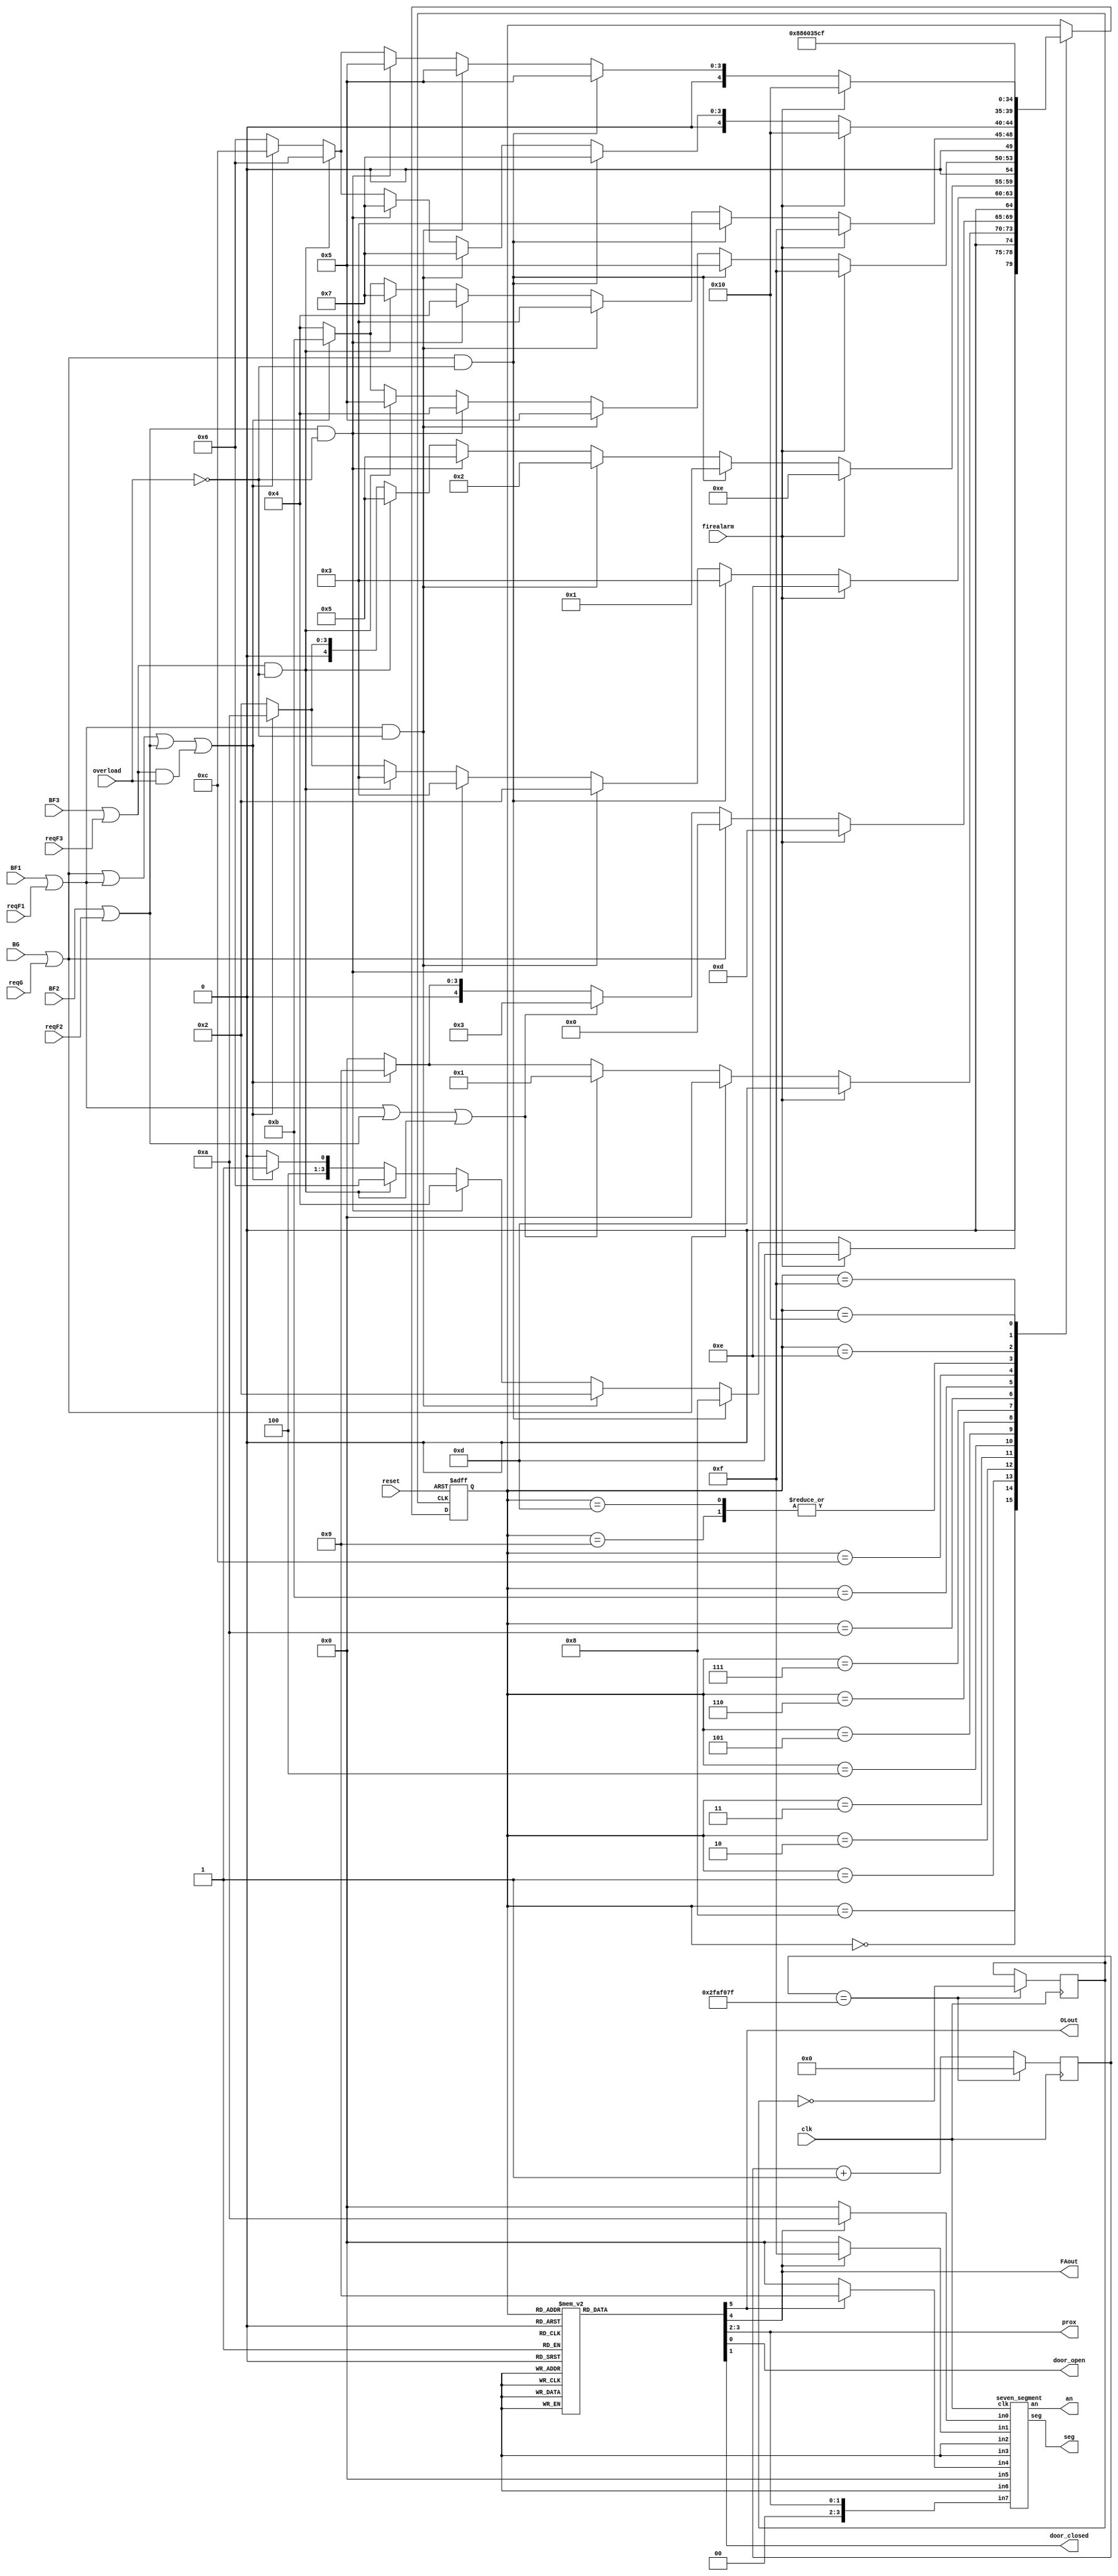
`timescale 1ns / 1ps
//////////////////////////////////////////////////////////////////////////////////
// Company: 
// Engineer: 
// 
// Design Name: 
// Module Name: elevator
// Project Name: FPGA Controller Design for an Elevator
// Target Devices: 
// Tool Versions: 
// Description: 
// 
// Revision:
// Revision 0.01 - File Created
// Additional Comments:
// 
//////////////////////////////////////////////////////////////////////////////////


module elevator(clk,  reset, BG, BF1, BF2, BF3, reqG, reqF1, reqF2, reqF3, overload, firealarm,
an, seg, door_open, door_closed, prox, FAout, OLout 
);
 input clk, reset, BG, BF1, BF2, BF3, reqG, reqF1, reqF2, reqF3, 
overload, firealarm;
  
 output reg [1:0] prox;
 output reg OLout, FAout;
 output [6:0] seg;
 output reg door_open , door_closed ;
 output [7:0] an;
 
 parameter openG = 5'b00000, closedG = 5'b00001, openF1 = 5'b00010, closedF1 = 
 5'b00011, openF2 = 5'b00100, closedF2 = 5'b00101, openF3 = 5'b00110, closedF3 = 
 5'b00111, idle = 5'b01000; 
 parameter OLG = 5'b01001, OLF1 = 5'b01010, OLF2 = 5'b01011, 
 OLF3 = 5'b01100, FAG = 5'b01101, FA1 = 5'b01110, FA2 = 
 5'b01111, FA3 = 5'b10000;

 reg[4:0] state, next_state;
 
 reg [25:0] counter;
 reg clk1hz;
 reg [17:0] countr;
 reg clk250hz;

 
 initial begin
 counter = 0;
 clk1hz = 1;
 countr = 0;
 clk250hz = 1;
 end
 
 
 
 
 
 //Module for generating 1 Hz of clock from the 100Mhz of clock
 
 always @(posedge clk)
 begin
 if(counter == 49_999999)
 begin counter <= 0;
 clk1hz <= ~clk1hz; 
 end
 else
 begin
 clk1hz <= clk1hz;
 counter <= counter + 1; end
 end
 
 
 
 
 
 
 
 
 // memory element of MOORE FSM
 
 always@(posedge clk1hz or posedge reset) 
 begin
 if(reset==1)
 state <= idle;
 else
 state <= next_state;
 end
 
 
 
 
 // Combinational logic for next state of MOORE FSM
 
 always @(*)
 begin
 case (state)
 
 idle: begin
    if (firealarm == 0)
    begin
    if ((BG==1 || reqG==1) & overload == 0)
        next_state = idle;
    else if ((BF1==1 || reqF1==1) & overload == 0)
        next_state = openF1;
    else if ((BF2==1 || reqF2==1) & overload == 0)
        next_state = openF2;
    else if ((BF3==1 || reqF3==1)& overload == 0)
        next_state = openF3;
    else if ((BG==1 || reqG==1) || (BF1==1 || reqF1==1) || (BF2==1 || reqF2==1) || (BF3==1 || reqF3==1) & overload == 1)
        next_state = OLG;
    else
        next_state = idle;
    end
    else
        next_state = FAG;
    end
 openG: begin
    if (firealarm == 0)
    begin
    if ((BG==1 || reqG==1))
        next_state = openG;
    else if ( (BF1==1 || reqF1==1) || (BF2==1 || reqF2==1) || (BF3==1 || reqF3==1)& overload == 0) 
        next_state = closedG;
    else if ((BG==1 || reqG==1) || (BF1==1 || reqF1==1) || (BF2==1 || reqF2==1) || (BF3==1 || reqF3==1) & overload == 1)
        next_state = OLG;
    else
        next_state = openG;
    end
    else
        next_state = FAG;
    end
 closedG: begin
    if (firealarm == 0)
    begin
    if ((BG==1||reqG==1)) 
        next_state = openG;
    else if ((BF1==1 || reqF1==1) || (BF2==1 || reqF2==1) || (BF3==1 || reqF3==1)& overload == 0)
        next_state = closedF1;
    else if ((BG==1 || reqG==1) || (BF1==1 || reqF1==1) || (BF2==1 || reqF2==1) || (BF3==1 || reqF3==1) & overload == 1)
        next_state = OLG;
    else 
        next_state = openG;
    end 
    else
        next_state = FAG;
    end
 openF1: begin
    if(firealarm == 0)
    begin
    if ((BG==1 || reqG==1) & overload == 0)
        next_state = closedF1;
    else if ((BF1==1 || reqF1==1) & overload == 0)
        next_state = openF1;
    else if ((BF2==1 || reqF2==1) & overload == 0)
        next_state = closedF1;
    else if ((BF3==1 || reqF3==1) & overload == 0 )
        next_state = closedF1;
    else if ((BG==1 || reqG==1) || (BF1==1 || reqF1==1) || (BF2==1 || reqF2==1) || (BF3==1 || reqF3==1) & overload == 1)
        next_state = OLF1;
    else
        next_state = openF1;
    end
    else 
        next_state = FA1;
    end
 closedF1: begin
    if (firealarm == 0)
    begin
    if ((BG==1 || reqG==1) & overload == 0)
        next_state = closedG;
    else if ((BF1==1 || reqF1==1) & overload == 0)
        next_state = openF1; 
    else if ((BF2==1 || reqF2==1) & overload == 0)
        next_state = closedF2;
    else if ((BF3==1 || reqF3==1) & overload == 0)
        next_state = closedF2;
    else if ((BG==1 || reqG==1) || (BF1==1 || reqF1==1) || (BF2==1 || reqF2==1) || (BF3==1 || reqF3==1) & overload == 1)
        next_state = OLF1; 
    else
        next_state = openF1 ;
    end
    else
        next_state = FA1;
    end
 openF2: begin
    if(firealarm == 0)
    begin
    if ((BG==1 || reqG==1) & overload == 0)
        next_state = closedF2;
    else if ((BF1==1 || reqF1==1) & overload == 0)
        next_state = closedF2;
    else if ((BF2==1 || reqF2 ==1) & overload == 0)
        next_state = openF2;
    else if ((BF3==1 || reqF3==1) & overload == 0)
        next_state = closedF2;
    else if ((BG==1 || reqG==1) || (BF1==1 || reqF1==1) || (BF2==1 || reqF2==1) || (BF3==1 || reqF3==1) & overload == 1)
        next_state = OLF2;
    else
        next_state = openF2;
    end
    else
        next_state = FA2;
    end
 closedF2: begin
    if (firealarm==0)
    begin
    if ((BG==1 || reqG==1) & overload == 0)
        next_state = closedF1;
    else if ((BF1==1 || reqF1==1) & overload == 0 )
        next_state = closedF1;
    else if ((BF2==1 || reqF2 ==1) & overload == 0 ) 
        next_state = openF2;
    else if ((BF3==1 || reqF3==1) & overload == 0 )
        next_state = closedF3;
    else if ((BG==1 || reqG==1) || (BF1==1 || reqF1==1) || (BF2==1 || reqF2==1) || (BF3==1 || reqF3==1) & overload == 1 )
        next_state = OLF2;
    else
        next_state = openF2;
    end
    else
        next_state = FA2;
    end
 openF3: begin
    if(firealarm == 0)
    begin
    if ((BG==1 || reqG==1) & overload == 0)
        next_state = closedF3;
    else if ((BF1==1 || reqF1==1) & overload == 0) 
        next_state = closedF3;
    else if ((BF2==1 || reqF2 ==1) & overload == 0)
        next_state = closedF3;
    else if ((BF3==1 || reqF3==1) & overload == 0)
        next_state = openF3;
    else if ((BG==1 || reqG==1) || (BF1==1 || reqF1==1) || (BF2==1 || reqF2==1) || (BF3==1 || reqF3==1) & overload == 1)
        next_state = OLF3; 
    else
        next_state = openF3;
    end
    else
        next_state = FA3;
    end
 closedF3: begin
    if(firealarm == 0)
    begin
    if ((BG==1 || reqG==1) & overload == 0)
        next_state = closedF2;
    else if ((BF1==1 || reqF1==1) & overload == 0)
        next_state = closedF2;
    else if ((BF2==1 || reqF2 ==1) & overload == 0)
        next_state = closedF2;
    else if ((BF3==1 || reqF3==1) & overload == 0)
        next_state = openF3;
    else if ((BG==1 || reqG==1) || (BF1==1 || reqF1==1) || (BF2==1 || reqF2==1) || (BF3==1 || reqF3==1) & overload == 1)
        next_state = OLF3;
    else
        next_state = openF3;
    end
    else
        next_state = FA3;
    end   
 OLG: next_state = openG;
 
 OLF1: next_state = openF1;
 
 OLF2: next_state = openF2;
 
 OLF3: next_state = openF3;
 
 FAG: next_state = openG;
 
 FA1: next_state = FAG;
 
 FA2: next_state = FA1;
 
 FA3: next_state = FA2;
 
 default : next_state = state;
 endcase
 end
 
 
 
 
 
 // output logic for MOORE FSM
 
 always @(state)
 begin 
 door_open = 1; door_closed = 0;
 prox = 0;
 FAout = 0;
 OLout = 0;
 
 case (state) // door = 0 means it is open, door = 1 means it is closed
 
 idle: begin 
    door_open = 1; 
    door_closed = 0; 
    prox = 0; 
    FAout= 0 ; 
    OLout = 0; 
    end
 
 openG: begin 
    door_open = 1; 
    door_closed = 0; 
    prox = 0; 
    FAout = 0; 
    OLout = 0;
    end
 
 closedG: begin 
    door_open = 0; 
    door_closed = 1; 
    prox =0; 
    FAout = 0; 
    OLout = 0; 
    end
 
 openF1: begin 
    door_open = 1; 
    door_closed = 0; 
    prox =1; 
    FAout = 0; 
    OLout = 0;
    end
 
 closedF1: begin 
    door_open = 0; 
    door_closed = 1; 
    prox =1; 
    FAout = 0; 
    OLout = 0;
    end
 
 openF2: begin 
    door_open = 1; 
    door_closed = 0; 
    prox =2; FAout = 0; 
    OLout = 0;
    end
 closedF2: begin 
   door_open = 0; 
   door_closed = 1; 
   prox =2; 
   FAout = 0; 
   OLout = 0;
 end
 
 openF3: begin 
    door_open = 1; 
    door_closed = 0; 
    prox =3; 
    FAout = 0; 
    OLout = 0;
    end
 
 closedF3: begin 
    door_open = 0; 
    door_closed = 1; 
    prox =3; 
    FAout = 0; 
    OLout = 0;
    end
 
 OLG: begin 
    door_open = 1; 
    door_closed = 0; 
    prox =0; 
    FAout = 0; 
    OLout = 1;
    end
 
 OLF1: begin 
    door_open = 1; 
    door_closed = 0; 
    prox =1; 
    FAout = 0; 
    OLout = 1;
    end
 
 OLF2: begin 
    door_open = 1; 
    door_closed = 0; 
    prox =2; 
    FAout = 0; 
    OLout = 1;
    end
 
 OLF3: begin 
    door_open = 1; 
    door_closed = 0; 
    prox =3; 
    FAout = 0; 
    OLout = 1;
    end
 
 FAG: begin 
    door_open = 1; 
    door_closed = 0; 
    prox =0; 
    FAout = 1; 
    OLout = 0;
    end
 
 FA1: begin 
    door_open = 0; 
    door_closed = 1; 
    prox =1; 
    FAout = 1; 
    OLout = 0;
    end
 
 FA2: begin 
    door_open = 0; 
    door_closed = 1; 
    prox =2; 
    FAout = 1; 
    OLout = 0;
    end
 
 FA3: begin 
    door_open = 0; 
    door_closed = 1; 
    prox =3; 
    FAout = 1; 
    OLout = 0;
    end
 endcase
 end
 
 
 
 always @(posedge clk)
 begin
 if(countr == 199999)
    begin 
    countr <= 0;
    clk250hz <= ~clk250hz; 
    end
 else
    begin
    clk250hz <= clk250hz;
    countr <= countr + 1;
    end
 end

 reg [3:0] FA_status1, FA_status2, OL_status1, OL_status2, position;
 
 
 
 always @(clk250hz)
 begin 
 position <= prox;
 if(FAout == 1)
    begin
    FA_status1 <= 4'hA;
    FA_status2 <= 4'hF;
    end
 else
    begin
    FA_status1 <= 0;
    FA_status2 <= 0;
    end
 
 if (OLout == 1)
    begin
    OL_status1 <= 4'h9;
    OL_status2 <= 4'h0;
    end
 else
    begin
    OL_status1 <= 0;
    OL_status2 <= 0;
    end
 end
 
 
 
 
 
 
 
 
 seven_segment s7 (.clk(clk), .in0(FA_status1), .in1(FA_status2), 
.in2(), .in3(), .in4(OL_status1), .in5(OL_status2), .in6(), 
.in7(position), .seg(seg), .an(an));

 








 

endmodule


// seven segment driver
module seven_segment(clk,in0, in1, in2, in3,in4,in5,in6,in7,seg,an); 
input [3:0] in0;
input [3:0] in1;
input [3:0] in2;
input [3:0] in3;
input [3:0] in4;
input [3:0] in5;
input [3:0] in6;
input [3:0] in7;
input clk;
wire [6:0] d0, d1, d2, d3, d4, d5, d6, d7;
output reg [6:0] seg;
output reg [7:0] an;
reg [17:0] count;
reg clk250hz;

initial begin
count = 0;
 clk250hz = 1;
end
always @(posedge clk)
begin
 if(count == 199999)
 begin count <= 0;
 clk250hz <= ~clk250hz; end
 else
 begin
 clk250hz <= clk250hz;
 count <= count + 1; end
end
reg [3:0] pstate,next;
initial begin
 pstate = 0;
 next = 0;
end
always @ (posedge clk250hz)
begin
 pstate <= next;
end
always @ (pstate)
begin
 case(pstate)
 0: begin next <= 1; an <= 8'b11111110; seg <= d0; end
 1: begin next <= 2; an <= 8'b11111101; seg <= d1; end
 2: begin next <= 3; an <= 8'b11111011; seg <= d2; end
 3: begin next <= 4; an <= 8'b11110111; seg <= d3; end
 4: begin next <= 5; an <= 8'b11101111; seg <= d4; end
 5: begin next <= 6; an <= 8'b11011111; seg <= d5; end
 6: begin next <= 7; an <= 8'b10111111; seg <= d6; end
 7: begin next <= 0; an <= 8'b01111111; seg <= d7; end
 default: begin next <= 0; an <= 8'b00000000; seg <= 7'b111_1111; end
 endcase
end

segdecoder D0(d0, in0);
segdecoder D1(d1, in1);
segdecoder D2(d2, in2);
segdecoder D3(d3, in3);
segdecoder D4(d4, in4);
segdecoder D5(d5, in5);
segdecoder D6(d6, in6);
segdecoder D7(d7, in7);

endmodule







// seven segment decoder
module segdecoder(out,in); 
output reg [6:0] out;
input [3:0]in;
always @(in)
begin
 case(in)
 0: out = 7'b1000000;
 1: out = 7'b1111001;
 2: out = 7'b0100100;
 3: out = 7'b0110000;
 4: out = 7'b0001101;
 5: out = 7'b0100100;
 6: out = 7'b0000010;
 7: out = 7'b1111000;
 8: out = 7'b0000000;
 9: out = 7'b1000111; // to display L of OL (overload condition)
 10: out = 7'b0001000; // to display A of FA (firealarm)
 11: out = 7'b0000000;
 15: out = 7'b0001110; // to display F of FA (firealarm)
 default: out = 7'b1111111;
 endcase
end

endmodule